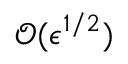
\mathcal { O } ( \epsilon ^ { 1 / 2 } )